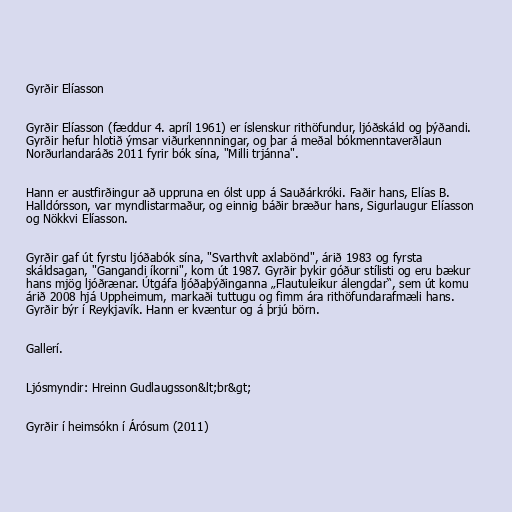
Gyrðir Elíasson

Gyrðir Elíasson (fæddur 4. apríl 1961) er íslenskur rithöfundur, ljóðskáld og þýðandi.
Gyrðir hefur hlotið ýmsar viðurkennningar, og þar á meðal bókmenntaverðlaun
Norðurlandaráðs 2011 fyrir bók sína, "Milli trjánna".

Hann er austfirðingur að uppruna en ólst upp á Sauðárkróki. Faðir hans, Elías B.
Halldórsson, var myndlistarmaður, og einnig báðir bræður hans, Sigurlaugur Elíasson
og Nökkvi Elíasson.

Gyrðir gaf út fyrstu ljóðabók sína, "Svarthvít axlabönd", árið 1983 og fyrsta
skáldsagan, "Gangandi íkorni", kom út 1987. Gyrðir þykir góður stílisti og eru bækur
hans mjög ljóðrænar. Útgáfa ljóðaþýðinganna „Flautuleikur álengdar“, sem út komu
árið 2008 hjá Uppheimum, markaði tuttugu og fimm ára rithöfundarafmæli hans.
Gyrðir býr í Reykjavík. Hann er kvæntur og á þrjú börn.

Gallerí.

Ljósmyndir: Hreinn Gudlaugsson&lt;br&gt;

Gyrðir í heimsókn í Árósum (2011)